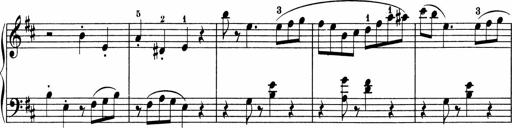
Title: 5 Sonatinen fÃ¼r die Jugend
Composer: Carl Reinecke